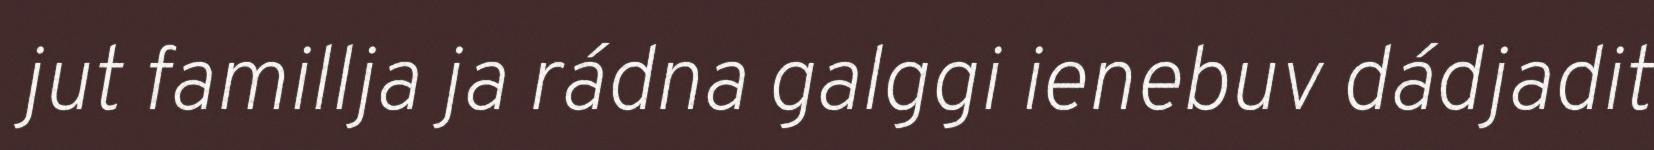
jut famillja ja rádna galggi ienebuv dádjadit